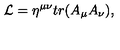
{ \cal L } = \eta ^ { \mu \nu } t r ( A _ { \mu } A _ { \nu } ) ,